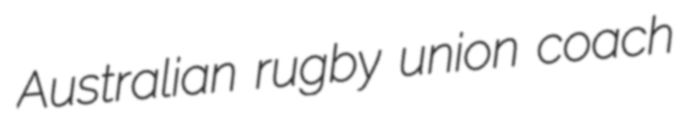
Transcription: Australian rugby union coach